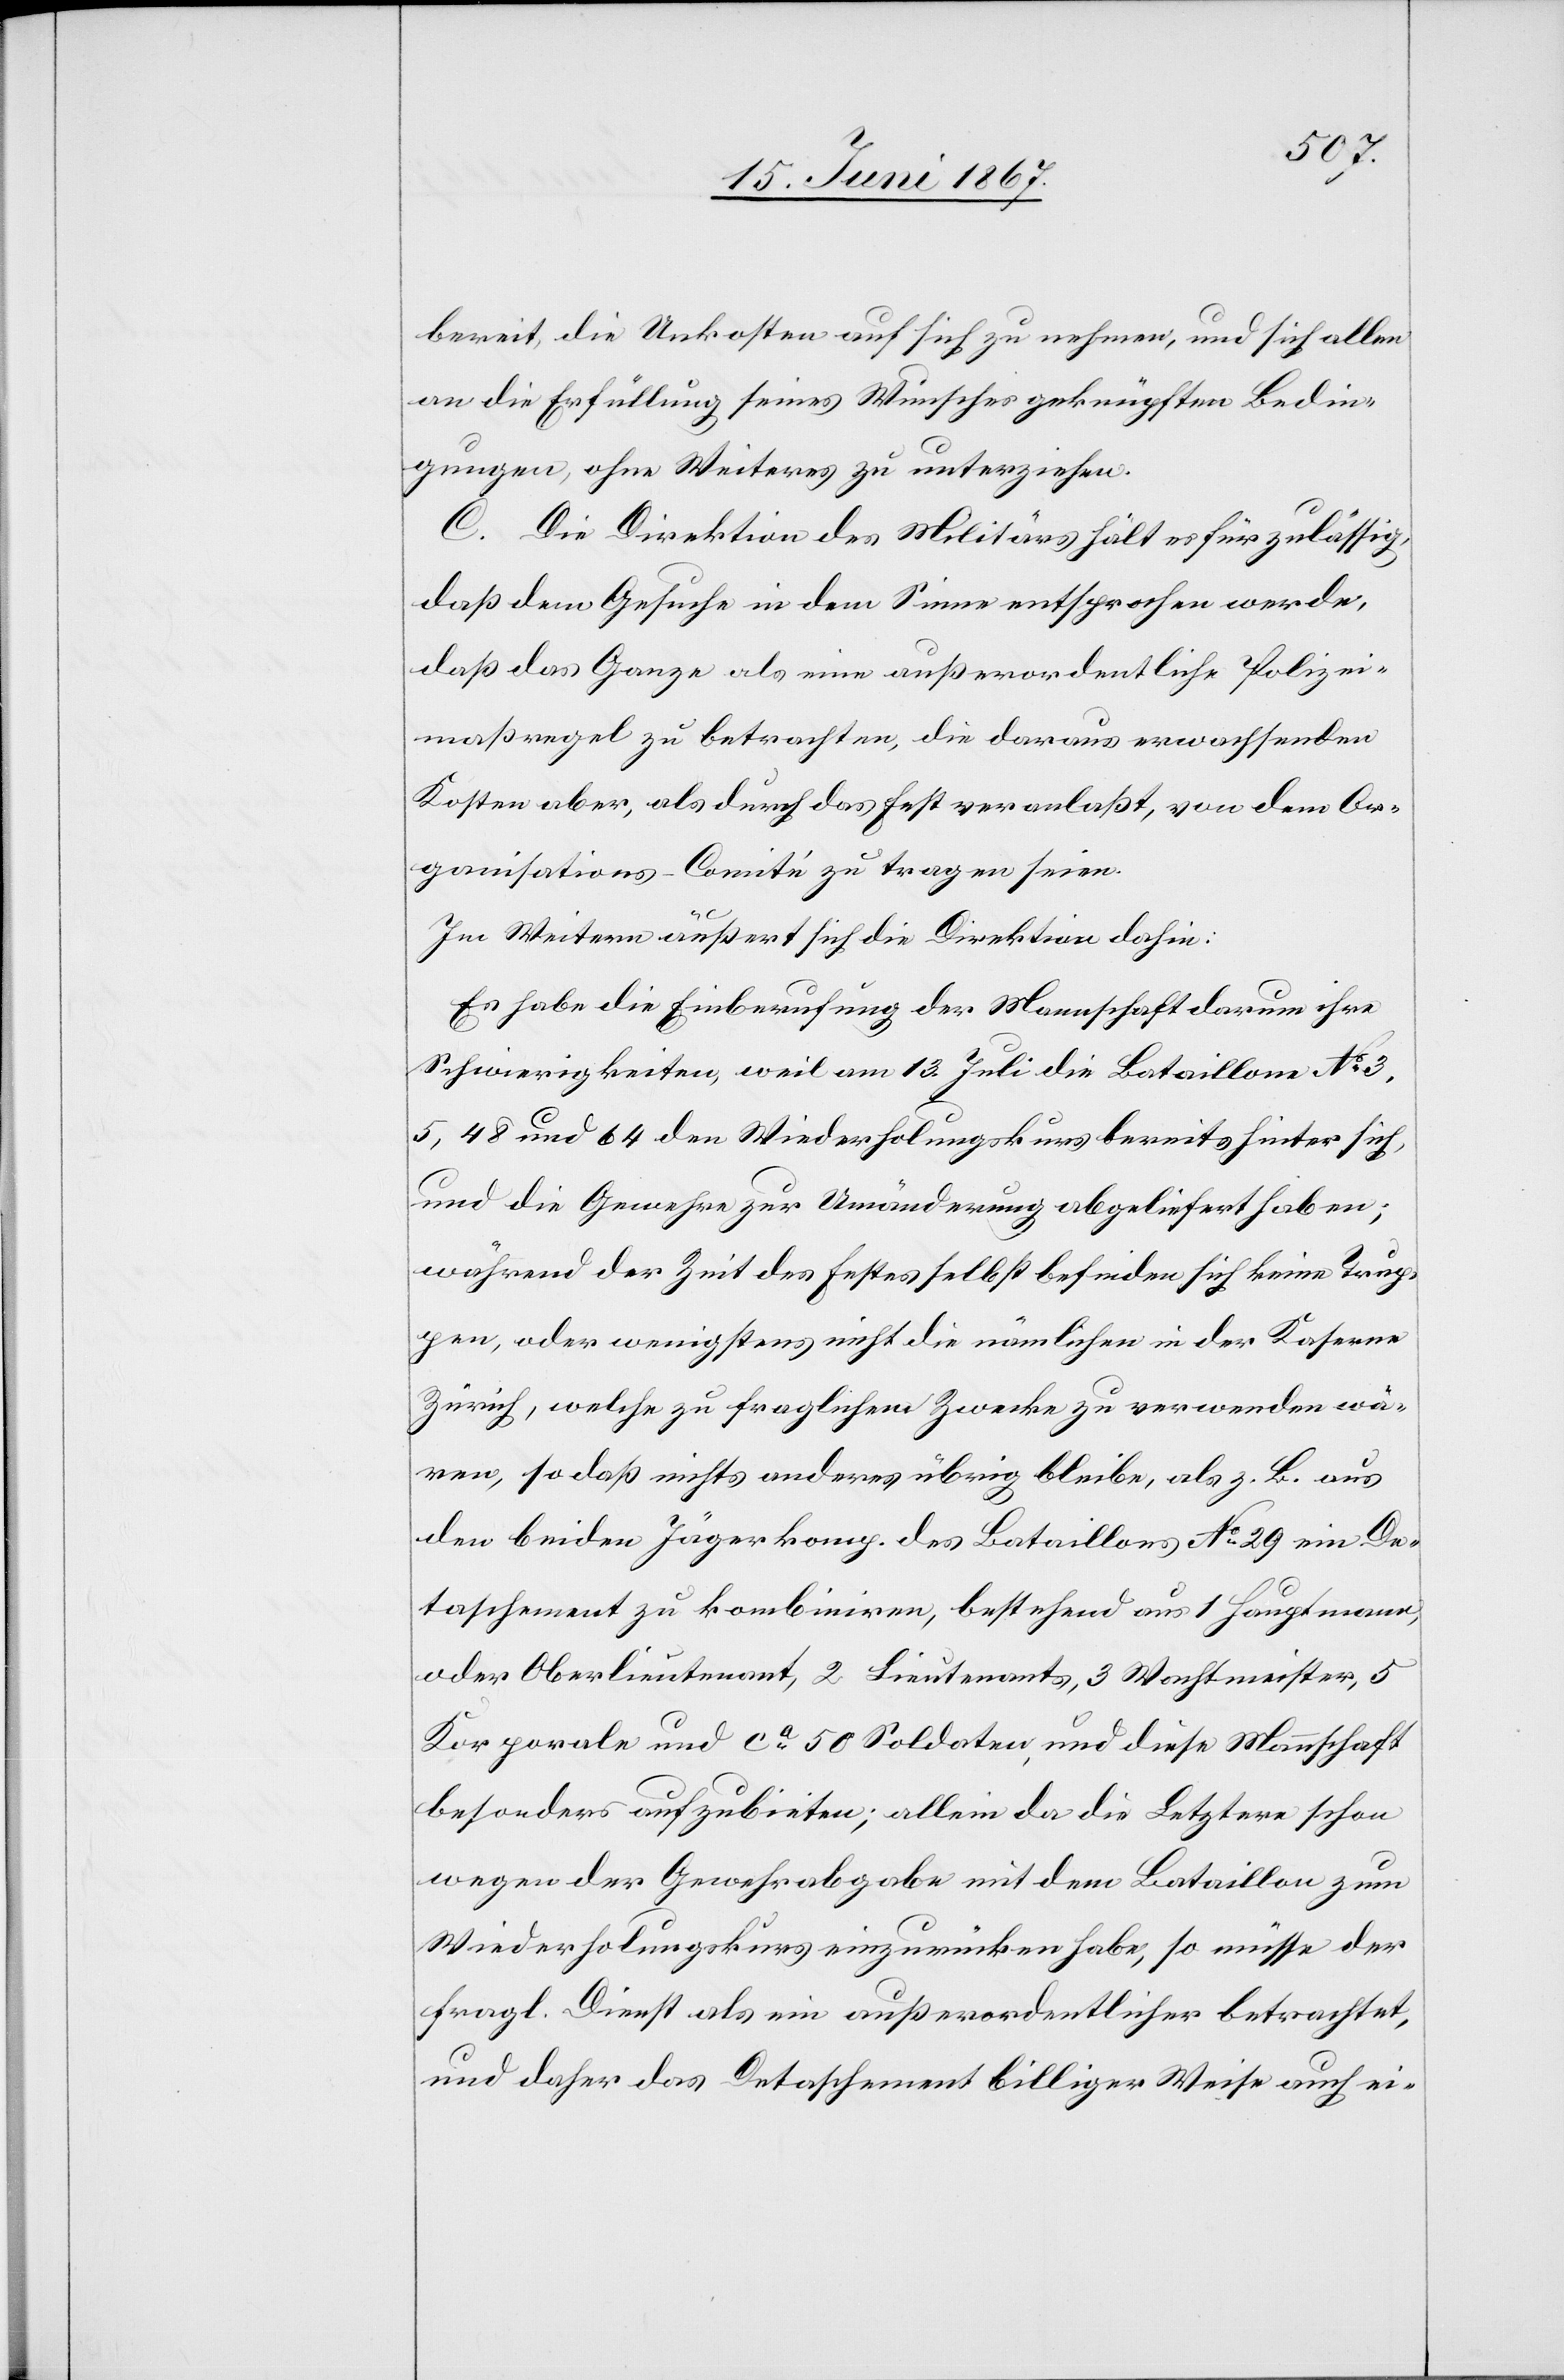
bereit, die Unkosten auf sich zu nehmen, und sich allen
an die Erfüllung seines Wunsches geknüpften Bedin¬
gungen, ohne Weiteres zu unterziehen.
C. Die Direktion des Militärs hält es für zulässig,
daß dem Gesuche in dem Sinne entsprochen werde,
daß das Ganze als eine außerordentliche Polizei¬
maßregel zu betrachten, die daraus erwachsenden
Kosten aber, als durch das Fest veranlaßt, von dem Or¬
ganisations-Comité zu tragen seien.
Im Weitern äußert sich die Direktion dahin:
Es habe die Einberufung der Mannschaft darum ihre
Schwierigkeiten, weil am 13. Juli die Bataillone No. 3,
5, 48 und 64 den Wiederholungskurs bereits hinter sich,
und die Gewehre zur Umänderung abgeliefert haben;
während der Zeit des Festes selbst, befinden sich keine Trup¬
pen, oder wenigstens nicht die nämlichen in der Kaserne
Zürich, welche zu fraglichem Zwecke zu verwenden wä¬
ren, so daß nichts anderes übrig bleibe, als z. B. aus
den beiden Jägerkomp. des Bataillons No. 29 ein De¬
taschement zu kombiniren, bestehend aus 1 Hauptmann,
oder Oberlieutenant, 2 Lieutenants, 3 Wachmeister, 5
Korporale und ca. 50 Soldaten, und diese Mannschaft
besonders aufzubieten; allein da die Letztere schon
wegen der Gewehrabgabe mit dem Bataillon zum
Wiederholungskurs einzurücken habe, so müsse der
fragl. Dienst als ein außerordentlicher betrachtet,
und daher das Detaschement billiger Weise auch ei-